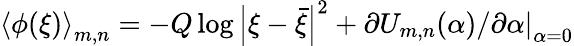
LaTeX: \left\langle\phi(\xi)\right\rangle_{m,n}=-Q\log\left|\xi-\bar{\xi}\right|^{2}+\left.\partial U_{m,n}(\alpha)/\partial\alpha\right|_{\alpha=0}